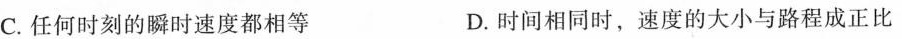
C.任何时刻的瞬时速度都相等 D.时间相同时，速度的大小与路程成正比